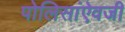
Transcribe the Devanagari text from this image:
पोलिसांऐवजी